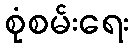
စုံစမ်းရေး